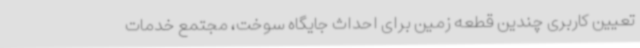
تعیین کاربری چندین قطعه زمین برای احداث جایگاه سوخت، مجتمع خدمات